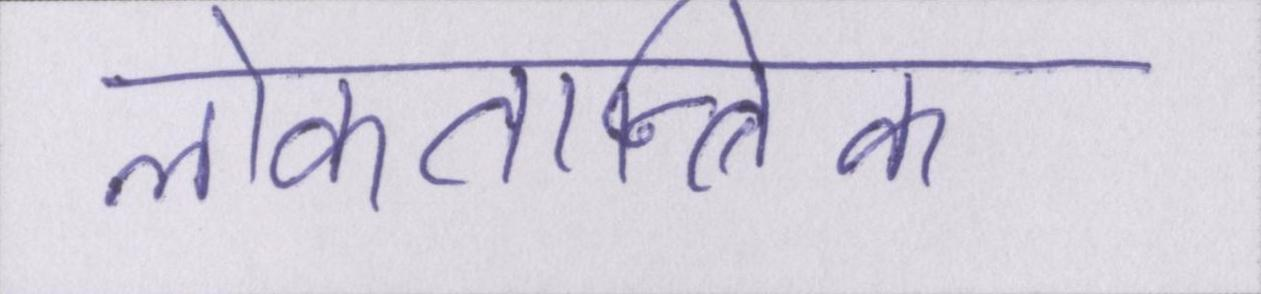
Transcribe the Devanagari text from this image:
लोकतान्त्रिक